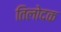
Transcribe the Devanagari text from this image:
तिलोदक